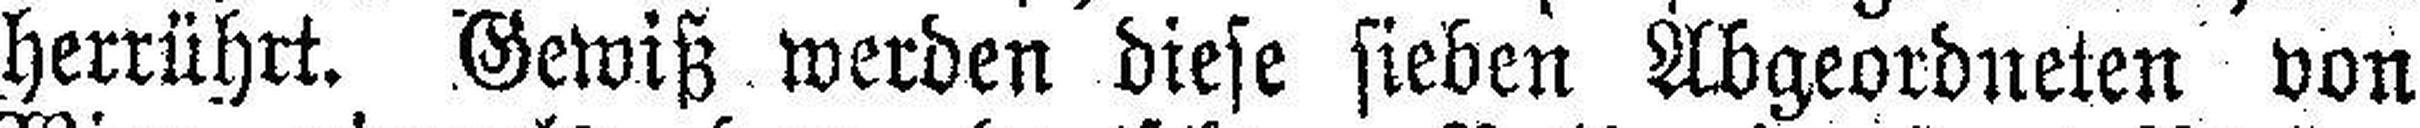
herrührt. Gewiß werden diese sieben Abgeordneten von